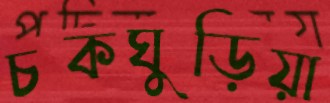
চকঘুড়িয়া